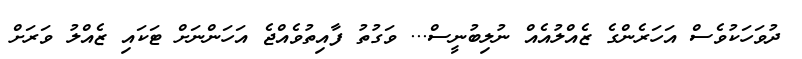
ދުވަހަކުވެސް އަހަރެންގެ ޒެއްލުއެއް ނުލިބުނީސް... ވަގުތު ފާއިތުވެއްޖެ އަހަންނަށް ޓަކައި ޒެއްލު ވަރަށް